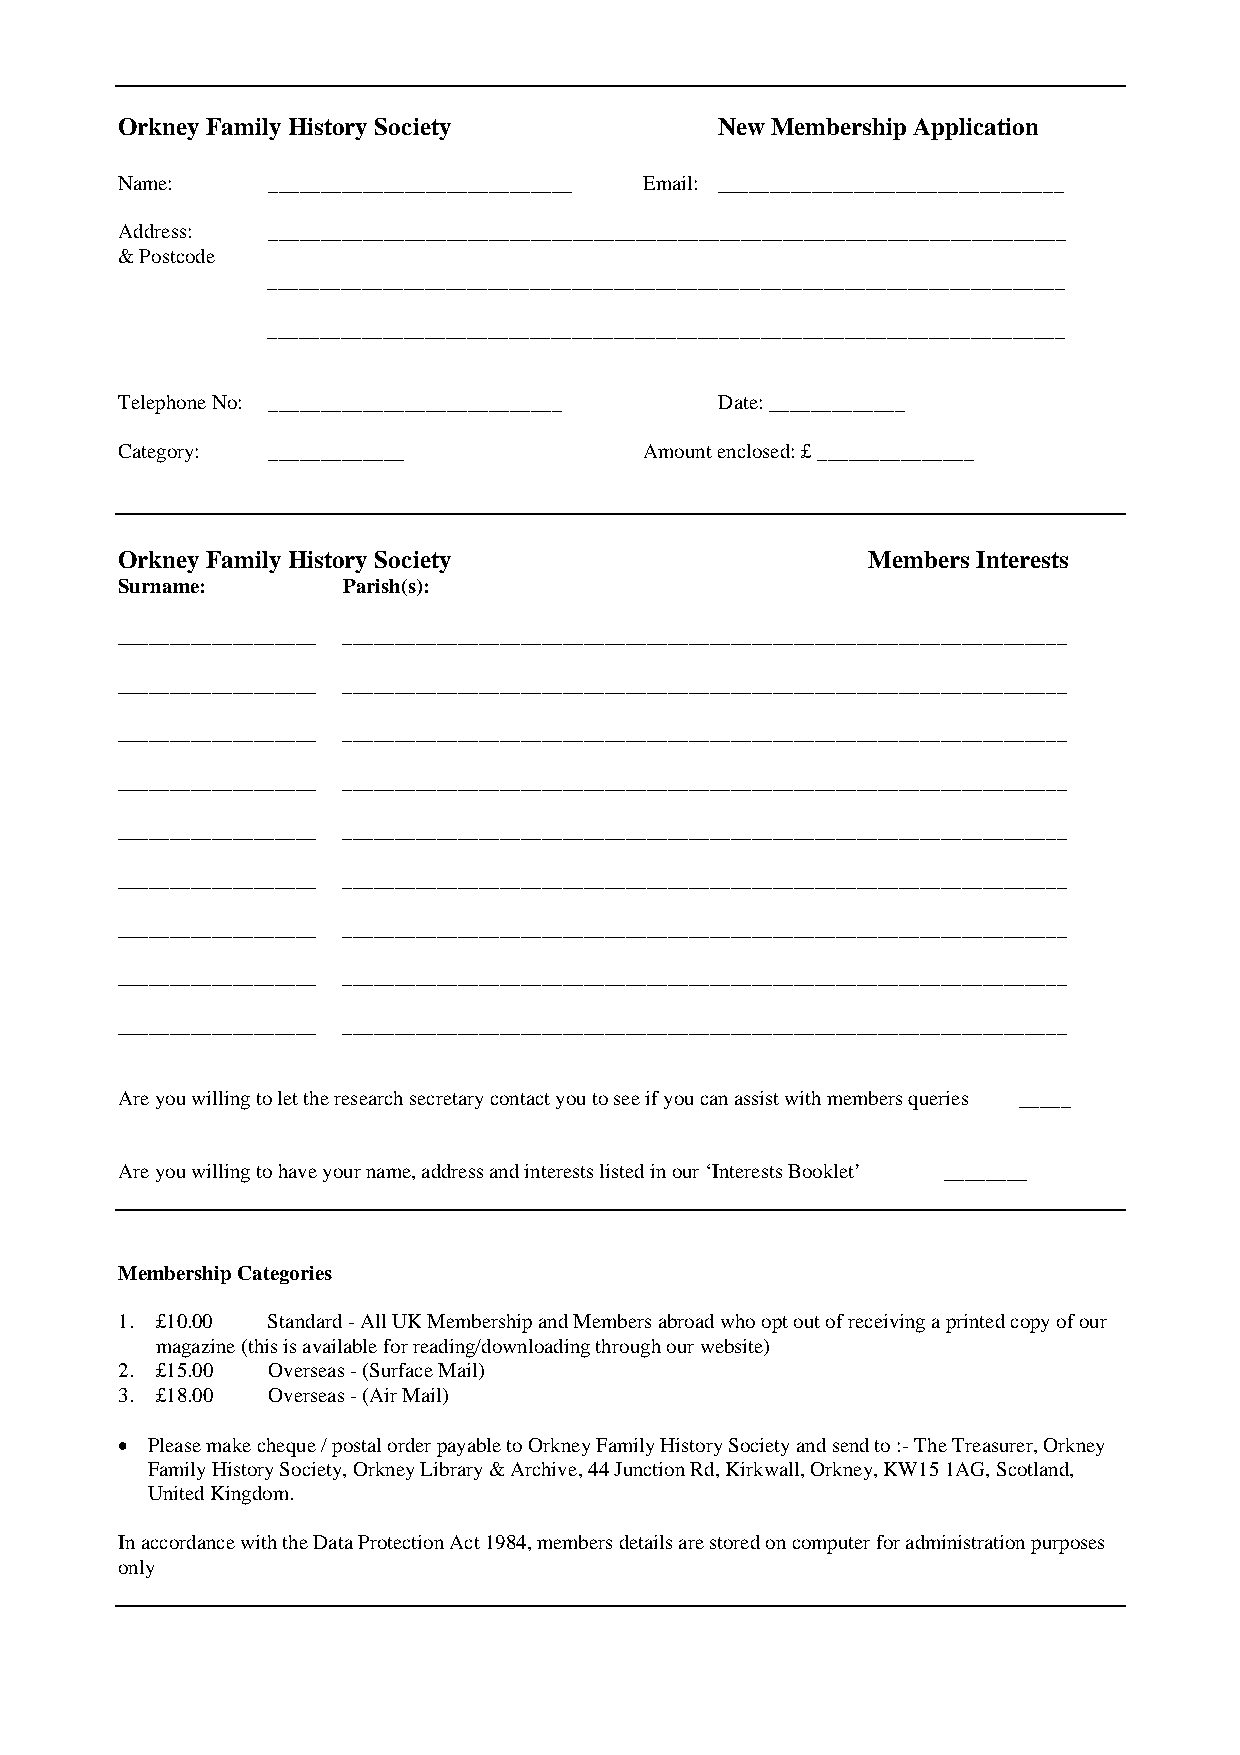
Orkney Family History Society           New Membership Application
 Name:     _____________________________ Email: _________________________________
 Address:  ____________________________________________________________________________
 & Postcode
 ____________________________________________________________________________
 ____________________________________________________________________________
 Telephone No: ____________________________ Date: _____________
 Category: _____________            Amount enclosed: £ _______________
 Orkney Family History Society                    Members Interests
 Surname:       Parish(s):
 ___________________ _____________________________________________________________________
 ___________________ _____________________________________________________________________
 ___________________ _____________________________________________________________________
 ___________________ _____________________________________________________________________
 ___________________ _____________________________________________________________________
 ___________________ _____________________________________________________________________
 ___________________ _____________________________________________________________________
 ___________________ _____________________________________________________________________
 ___________________ _____________________________________________________________________
 Are you willing to let the research secretary contact you to see if you can assist with members queries _____
 Are you willing to have your name, address and interests listed in our ‘Interests Booklet’ ________
 Membership Categories
 1. £10.00 Standard - All UK Membership and Members abroad who opt out of receiving a printed copy of our
 magazine (this is available for reading/downloading through our website)
 2. £15.00 Overseas - (Surface Mail)
 3. £18.00 Overseas - (Air Mail)
 • Please make cheque / postal order payable to Orkney Family History Society and send to :- The Treasurer, Orkney
 Family History Society, Orkney Library & Archive, 44 Junction Rd, Kirkwall, Orkney, KW15 1AG, Scotland,
 United Kingdom.
 In accordance with the Data Protection Act 1984, members details are stored on computer for administration purposes
 only